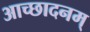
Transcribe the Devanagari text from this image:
आच्छादनम्‌